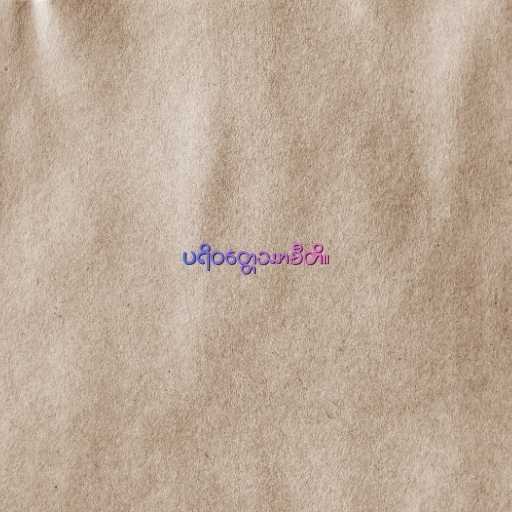
ပရိဝတ္တေဿာမီတိ။